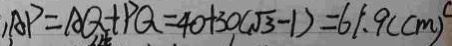
, A P = A Q + P Q = 4 0 + 3 0 ( \sqrt { 3 } - 1 ) = 6 1 . 9 ( c m )